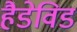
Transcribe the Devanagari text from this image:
हैडेविड